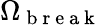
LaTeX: {\Omega}_{\mathrm{~b~r~e~a~k~}}